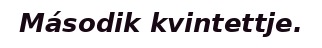
Második kvintettje.